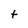
Character: t